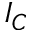
I _ { C }